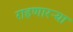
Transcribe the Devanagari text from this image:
राहणारऱ्या